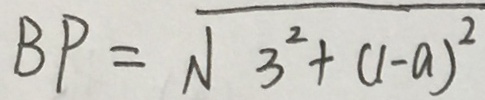
B P = \sqrt { 3 ^ { 2 } + ( 1 - a ) ^ { 2 } }